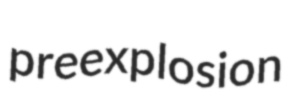
preexplosion